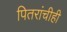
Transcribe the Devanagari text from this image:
पितरांचीही